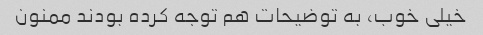
خیلی خوب، به توضیحات هم توجه کرده بودند ممنون